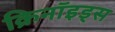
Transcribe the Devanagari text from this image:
क्रिनॉइड्स